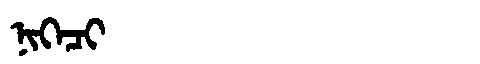
Manchu: ᠨᡳᡴᡝᠴᡳ
Romanization: NIKECI